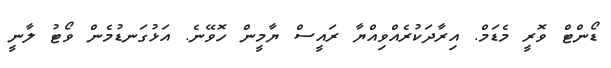
ޑޯންޓް ވޮރީ މެޑަމް. އިރާދަކުރެއްވިއްޔާ ރައީސް ޔާމީން ހޮވޭނެ. އަޅުގަނޑުމެން ވޯޓު ލާނީ